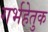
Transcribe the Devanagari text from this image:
गर्भहेतुक